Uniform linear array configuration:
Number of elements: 64
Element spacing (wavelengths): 1
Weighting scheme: uniform
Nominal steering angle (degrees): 45
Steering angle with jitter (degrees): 45.57
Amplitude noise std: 0.05
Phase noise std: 0.05

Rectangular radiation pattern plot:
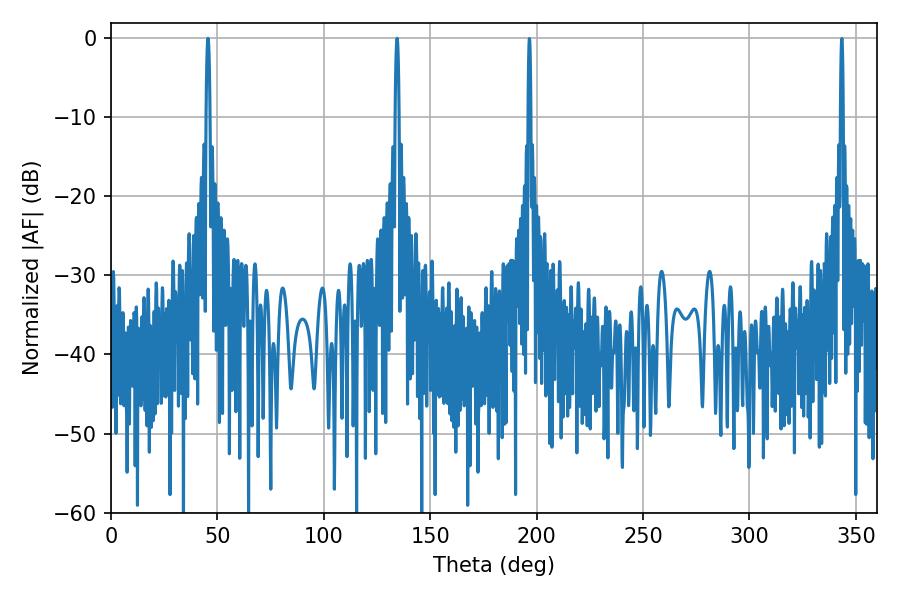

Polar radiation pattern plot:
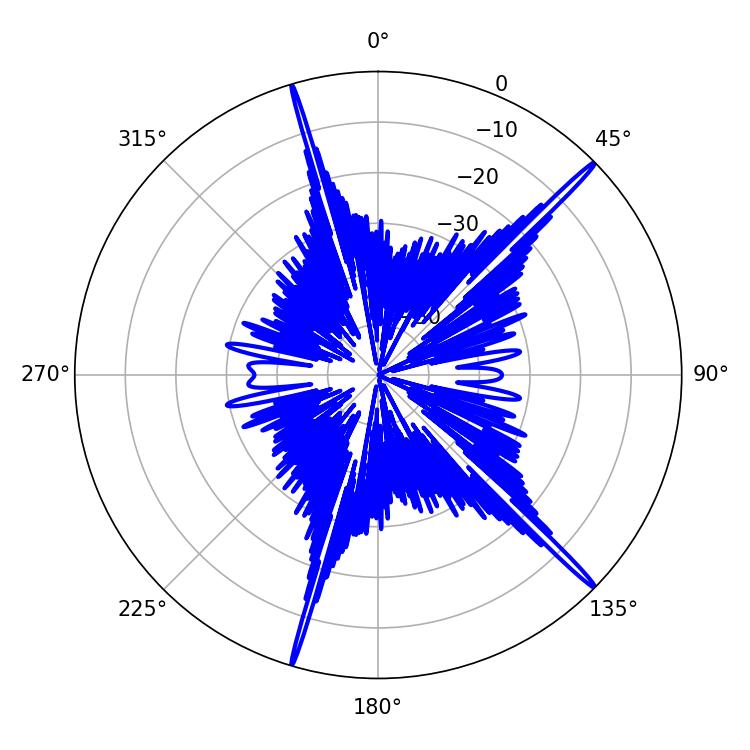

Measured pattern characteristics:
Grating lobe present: TRUE
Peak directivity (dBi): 19.497
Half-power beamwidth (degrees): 0.9
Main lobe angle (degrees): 45.54